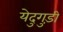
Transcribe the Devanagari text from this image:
येदुगुड़ी